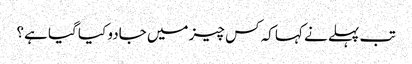
تب پہلے نے کہا کہ کس چیز میں جادو کیا گیا ہے؟